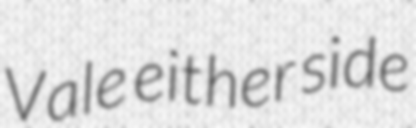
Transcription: Vale either side